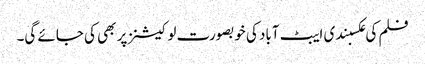
فلم کی عکسبندی ایبٹ آباد کی خوبصورت لوکیشنز پر بھی کی جائے گی۔